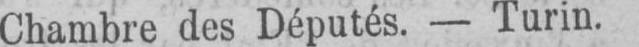
Chambre des Députés. - Turin.